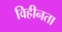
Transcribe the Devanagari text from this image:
विहीनता